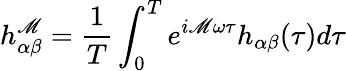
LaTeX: h_{\alpha\beta}^{\mathscr{M}}=\frac{{1}}{{T}}\int_{0}^{T}e^{i\mathscr{M}\omega\tau}h_{\alpha\beta}(\tau)d\tau